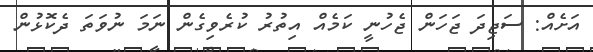
އަށެއް: ސަޖިދަ ޖަހަން ޖެހުނީ ކަމެއް އިތުރު ކުރެވިގެން ނަމަ ނުވަތަ ދެކޮޅުން